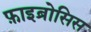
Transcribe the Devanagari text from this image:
फ़ाइब्रोसिस